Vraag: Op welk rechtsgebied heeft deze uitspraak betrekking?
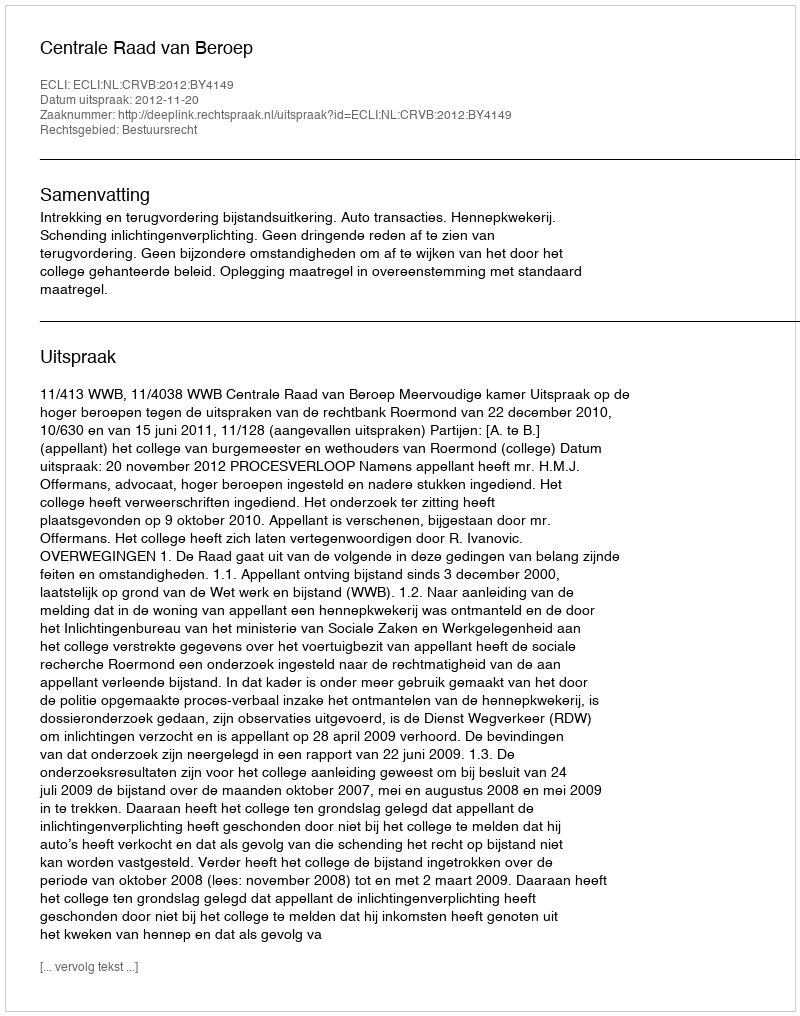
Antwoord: Bestuursrecht